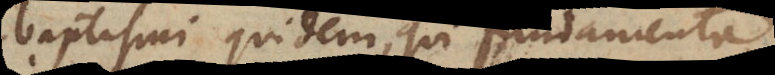
baptismi quidem, qui fundamenta